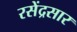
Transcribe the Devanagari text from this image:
रसेंद्रसार